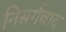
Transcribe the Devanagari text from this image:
निसर्गवाद